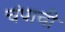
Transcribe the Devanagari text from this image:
चंपाची